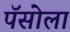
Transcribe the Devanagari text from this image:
पॅसोला